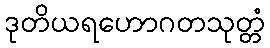
ဒုတိယရဟောဂတသုတ္တံ